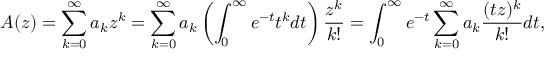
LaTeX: A ( z ) = \sum _ { k = 0 } ^ { \infty } a _ { k } z ^ { k } = \sum _ { k = 0 } ^ { \infty } a _ { k } \left( \int _ { 0 } ^ { \infty } e ^ { - t } t ^ { k } d t \right) { \frac { z ^ { k } } { k ! } } = \int _ { 0 } ^ { \infty } e ^ { - t } \sum _ { k = 0 } ^ { \infty } a _ { k } { \frac { ( t z ) ^ { k } } { k ! } } d t ,